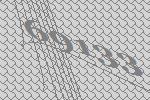
69133